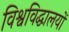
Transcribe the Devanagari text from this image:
विश्वविद्धालयों